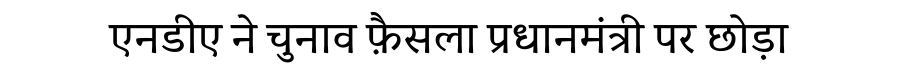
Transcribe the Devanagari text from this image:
एनडीए ने चुनाव फ़ैसला प्रधानमंत्री पर छोड़ा